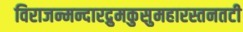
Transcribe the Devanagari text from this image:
विराजन्मन्दारद्रुमकुसुमहारस्तनतटी